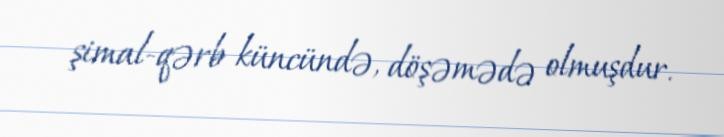
şimal-qərb küncündə, döşəmədə olmuşdur.